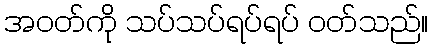
အဝတ်ကို သပ်သပ်ရပ်ရပ် ဝတ်သည်။